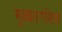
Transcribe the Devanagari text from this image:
मुख्यतःएशिया